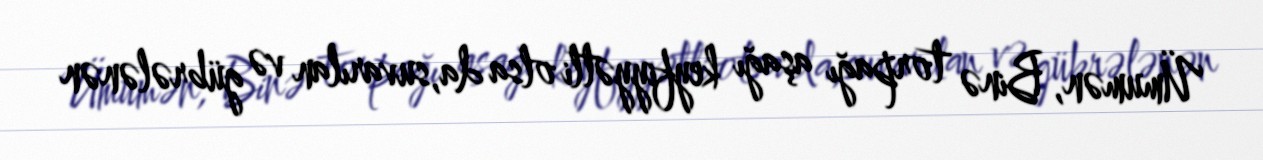
Ümumən, Binə torpağı aşağı keyfiyyətli olsa da,suvarılan və gübrələnən